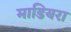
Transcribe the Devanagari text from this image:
माडियरा